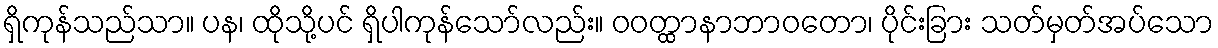
ရှိကုန်သည်သာ။ ပန၊ ထိုသို့ပင် ရှိပါကုန်သော်လည်း။ ဝဝတ္ထာနာဘာဝတော၊ ပိုင်းခြား သတ်မှတ်အပ်သော